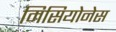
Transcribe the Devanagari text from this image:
मिसियोनेस